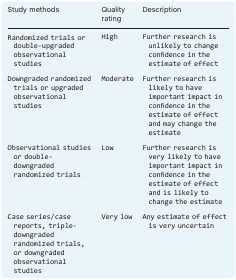
<table><thead><tr><td><b>Study methods</b></td><td><b>Quality rating</b></td><td><b>Description</b></td></tr></thead><tbody><tr><td>Randomized trials or double‐upgraded observational studies</td><td>High</td><td>Further research is unlikely to change confidence in the estimate of effect</td></tr><tr><td>Downgraded randomized trials or upgraded observational studies</td><td>Moderate</td><td>Further research is likely to have important impact in confidence in the estimate of effect and may change the estimate</td></tr><tr><td>Observational studies or double‐downgraded randomized trials</td><td>Low</td><td>Further research is very likely to have important impact in confidence in the estimate of effect and is likely to change the estimate</td></tr><tr><td>Case series/case reports, triple‐downgraded randomized trials, or downgraded observational studies</td><td>Very low</td><td>Any estimate of effect is very uncertain</td></tr></tbody></table>